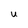
Character: U